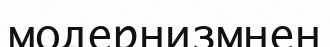
модернизмнен